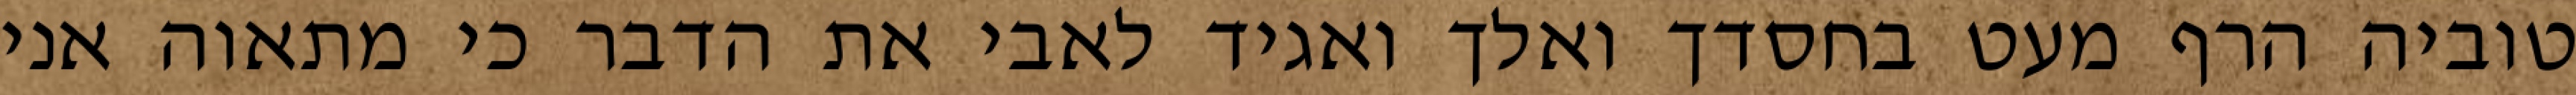
טוביה הרף מעט בחסדך ואלך ואגיד לאבי את הדבר כי מתאוה אני